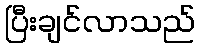
ပြီးချင်လာသည်